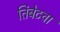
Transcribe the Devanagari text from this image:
तिबेटचा